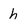
Character: h